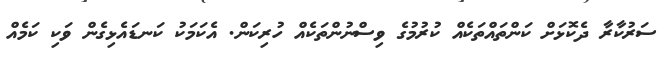
ސަރުކާރާ ދެކޮޅަށް ކަންތައްތަކެއް ކުރުމުގެ ވިސްނުންތަކެއް ހުރިކަން. އެކަމަކު ކަނޑައެޅިގެން ވަކި ކަމެއް